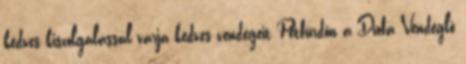
kedves kiszolgálással várja kedves vendégeit Pétfürdőn a Diófa Vendéglő